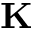
{ \bf K }